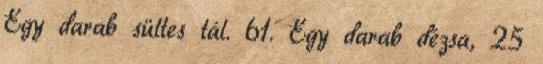
Egy darab sültes tál. 61. Egy darab dézsa, 25